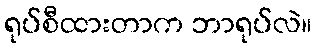
ရုပ်စီထားတာက ဘာရုပ်လဲ။